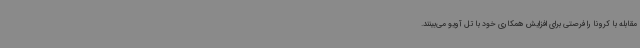
مقابله با کرونا را فرصتی برای افزایش همکاری خود با تل آویو می‌بینند.